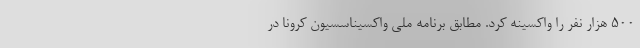
۵۰۰ هزار نفر را واکسینه کرد. مطابق برنامه ملی واکسیناسسیون کرونا در